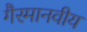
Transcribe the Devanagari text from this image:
गैरमानवीय